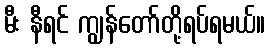
မီး နီရင် ကျွန်တော်တို့ရပ်ရမယ်။